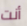
أنت